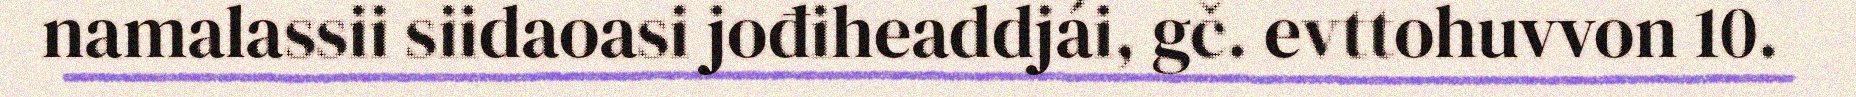
namalassii siidaoasi jođiheaddjái, gč. evttohuvvon 10.